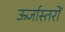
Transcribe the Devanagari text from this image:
ऊर्जास्तरों